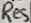
Text: Res